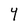
Character: Y